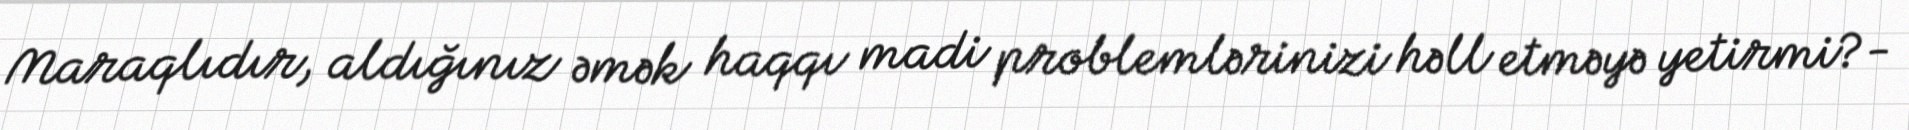
Maraqlıdır, aldığınız əmək haqqı madi problemlərinizi həll etməyə yetirmi?-